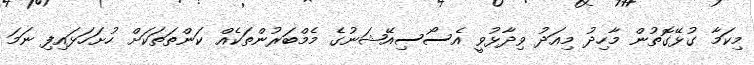
މިކަމާ ގުޅޭގޮތުން މާހިދު މިއަދު ވިދާޅުވީ އެސޯސިއޭޝަނުގެ މެމްބަރުންތަކެއް ކަންތަތަކަށް ހުށަހަޅައިފި ނަމަ